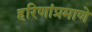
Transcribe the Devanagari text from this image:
हरिणांप्रमाणे